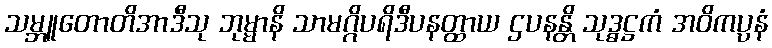
သမ္ဘူတောတိအာဒီသု ဘုမ္မာနိ သာမဂ္ဂိပရိဒီပနတ္ထာယ ဌပနန္တိ သုဒ္ဓဋ္ဌကံ အဝိကပ္ပနံ